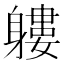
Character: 軁